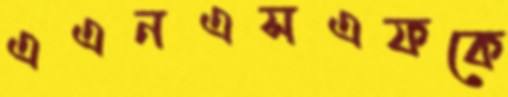
এএনএসএফকে